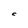
Character: C